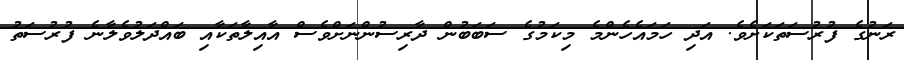
ރަނުގެ ފުރުސަތަކަށެވެ. އަދި ހަމައެހެންމެ މިކަމުގެ ސަބަބުން ދާރިސުންނަށްވެސް އާއިލާތަކާއި ބައްދަލުވެލާނެ ފުރުސަތު